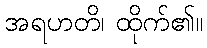
အရဟတိ၊ ထိုက်၏။